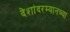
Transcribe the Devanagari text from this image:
देशांदरम्यानच्या